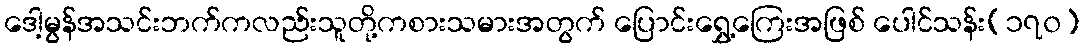
ဒေါ့မွန်အသင်းဘက်ကလည်းသူတို့ကစားသမားအတွက် ပြောင်းရွှေ့ကြေးအဖြစ် ပေါင်သန်း(၁၇၀)